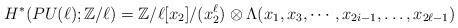
LaTeX: \begin{align*}H^{*}(PU(\ell);\mathbb{Z}/\ell)=\mathbb{Z}/\ell[x_2]/(x_2^\ell) \otimes \Lambda(x_1, x_3, \cdots, x_{2i-1}, \dots, x_{2\ell-1})\end{align*}